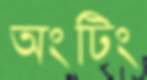
অংটিং